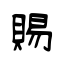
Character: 賜